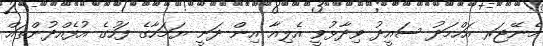
މެނޭޖަރ އަހްމަދު ސައީދު ވިދާޅުވީ އެލިއާ އިން ދަނީ ޔަމަހާގެ ފަހުގެ އުފެއްދުންތައް